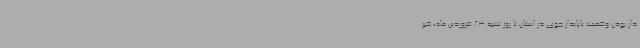
دار بودن وضعیت ناپایدار جوی در استان تا روز شنبه 23 فروردین ماه، خبر